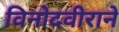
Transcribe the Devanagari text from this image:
विनोदवीराने